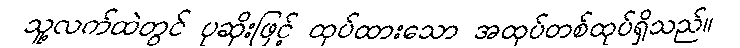
သူ့လက်ထဲတွင် ပုဆိုးဖြင့် ထုပ်ထားသော အထုပ်တစ်ထုပ်ရှိသည်။